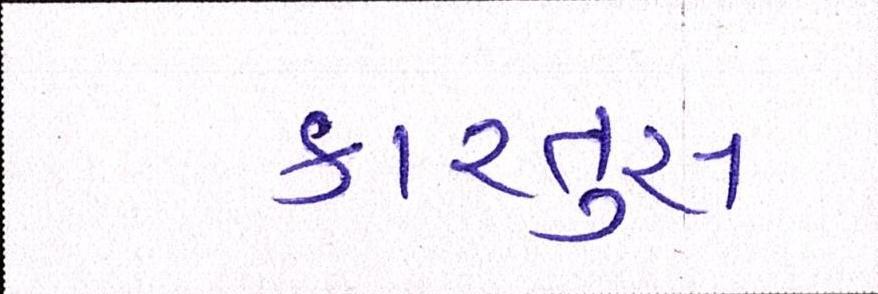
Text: કારતુસ